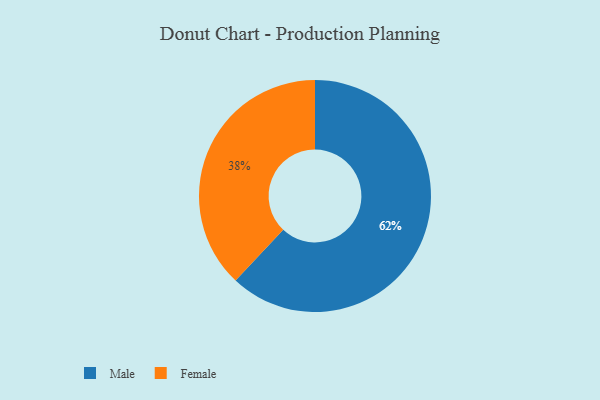
{"axis": {"x": "Category", "y": "Percentage"}, "legend": ["Female", "Male"], "data": [{"x": "Male", "y": 62, "type": "Male"}, {"x": "Female", "y": 38, "type": "Female"}]}